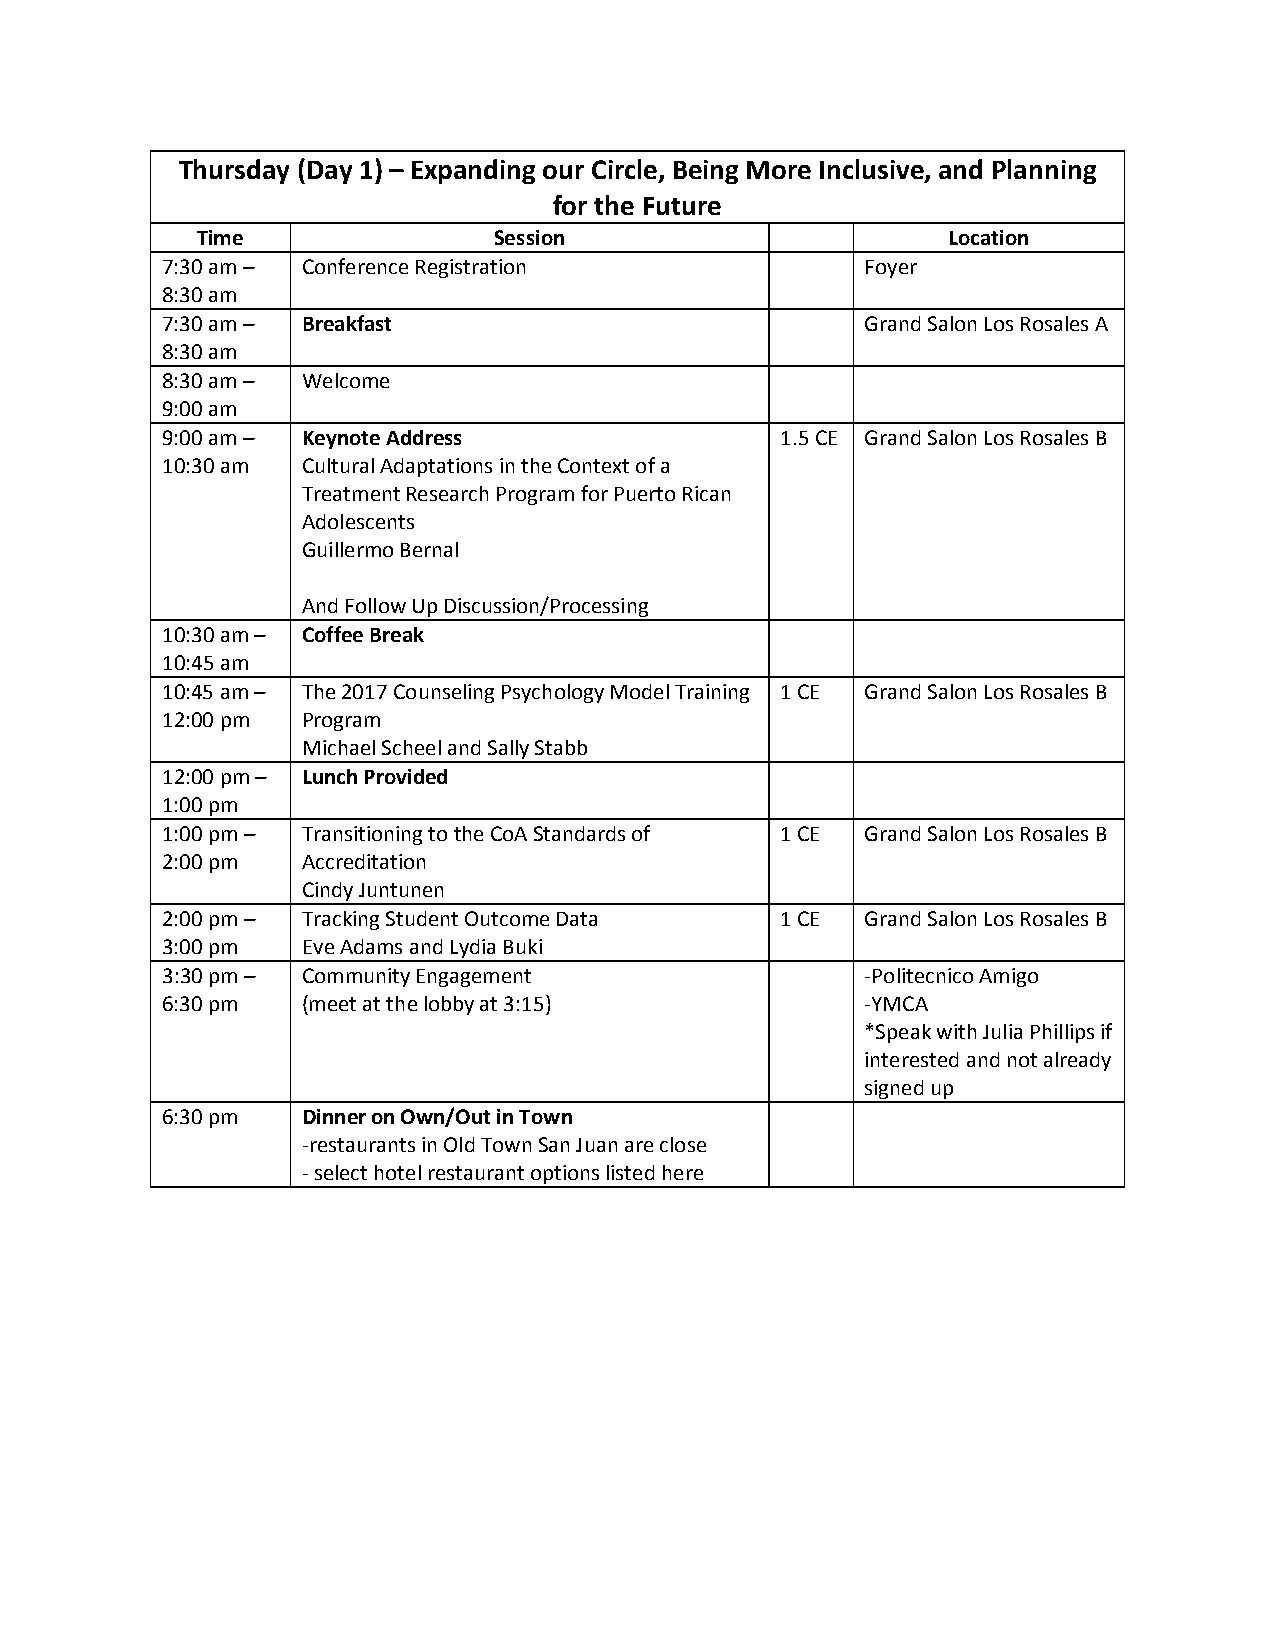
Thursday (Day 1) – Expanding our Circle, Being More Inclusive, and Planning
 for the Future
 Time                Session                       Location
 7:30 am – Conference Registration             Foyer
 8:30 am
 7:30 am – Breakfast                           Grand Salon Los Rosales A
 8:30 am
 8:30 am – Welcome
 9:00 am
 9:00 am – Keynote Address                1.5 CE Grand Salon Los Rosales B
 10:30 am Cultural Adaptations in the Context of a
 Treatment Research Program for Puerto Rican
 Adolescents
 Guillermo Bernal
 And Follow Up Discussion/Processing
 10:30 am – Coffee Break
 10:45 am
 10:45 am – The 2017 Counseling Psychology Model Training 1 CE Grand Salon Los Rosales B
 12:00 pm Program
 Michael Scheel and Sally Stabb
 12:00 pm – Lunch Provided
 1:00 pm
 1:00 pm – Transitioning to the CoA Standards of 1 CE Grand Salon Los Rosales B
 2:00 pm  Accreditation
 Cindy Juntunen
 2:00 pm – Tracking Student Outcome Data  1 CE Grand Salon Los Rosales B
 3:00 pm  Eve Adams and Lydia Buki
 3:30 pm – Community Engagement                -Politecnico Amigo
 6:30 pm  (meet at the lobby at 3:15)          -YMCA
 *Speak with Julia Phillips if
 interested and not already
 signed up
 6:30 pm  Dinner on Own/Out in Town
 -restaurants in Old Town San Juan are close
 - select hotel restaurant options listed here